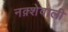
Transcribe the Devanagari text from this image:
नक़्शेवाली